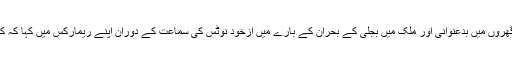
سپریم کورٹ کے چیف جسٹس افتخار محمد چوہدری نے کرائے کے بجلی گھروں میں بدعنوانی اور ملک میں بجلی کے بحران کے بارے میں ازخود نوٹس کی سماعت کے دوران اپنے ریمارکس میں کہا کہ کرائے کے بجلی گھروں کے حصول کے لیے بہت جلد بازی سے کام لیا گیا۔